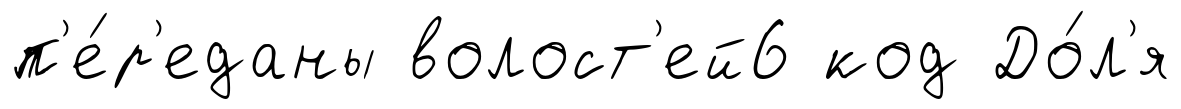
п'е́р'еданы волост'ей6 код До́л'я